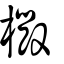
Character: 檓